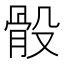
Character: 骰